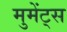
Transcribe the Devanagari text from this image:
मुमेंट्स